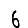
Digit: 6